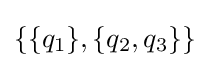
\{\{q_{1}\},\{q_{2},q_{3}\}\}